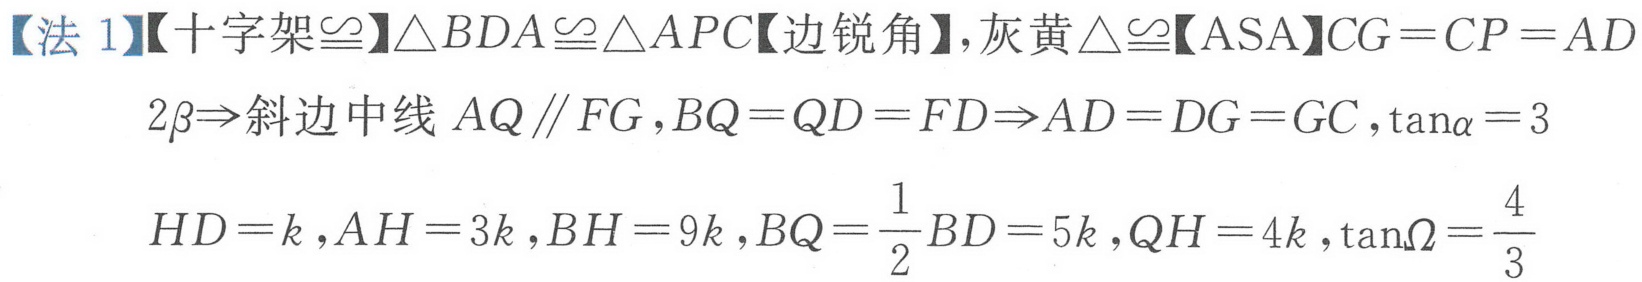
【法 1】【十字架$\cong$】$\triangle BDA\cong\triangle APC$【边锐角】, 灰黄$\triangle\cong$【ASA】$CG = CP = AD$
$2\beta\Rightarrow$斜边中线$AQ\parallel FG,BQ = QD = FD\Rightarrow AD = DG = GC,\tan\alpha = 3$
$HD = k,AH = 3k,BH = 9k,BQ=\frac{1}{2}BD = 5k,QH = 4k,\tan\Omega=\frac{4}{3}$